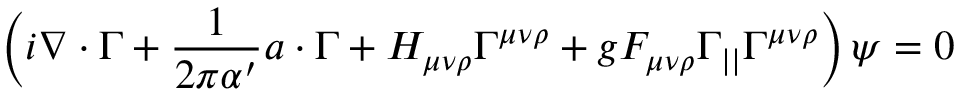
\left( i \nabla \cdot \Gamma + \frac { 1 } { 2 \pi \alpha ^ { \prime } } a \cdot \Gamma + H _ { \mu \nu \rho } \Gamma ^ { \mu \nu \rho } + g F _ { \mu \nu \rho } \Gamma _ { | | } \Gamma ^ { \mu \nu \rho } \right) \psi = 0